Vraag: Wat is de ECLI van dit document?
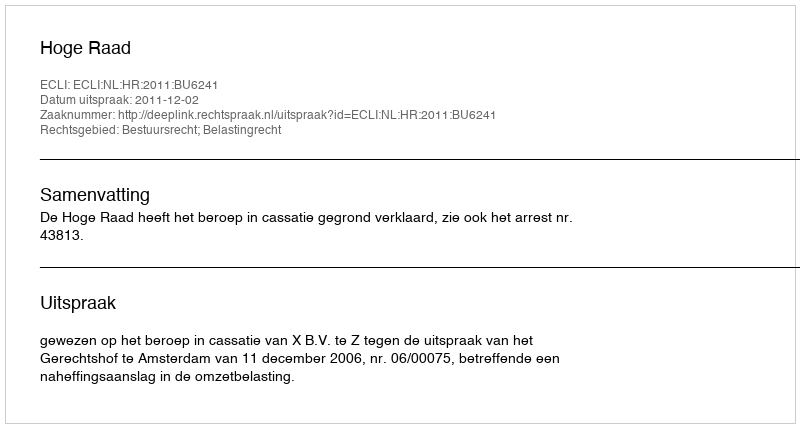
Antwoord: ECLI:NL:HR:2011:BU6241